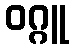
ဝဂ္ဂူ